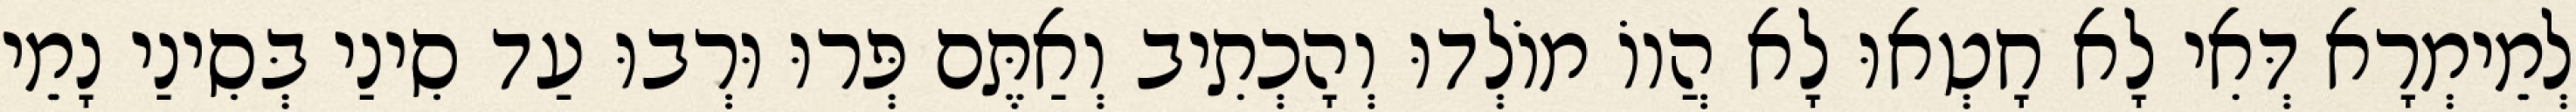
לְמֵימְרָא דְּאִי לָא חָטְאוּ לָא הֲווֹ מוֹלְדוּ וְהָכְתִיב וְאַתֶּם פְּרוּ וּרְבוּ עַד סִינַי בְּסִינַי נָמֵי